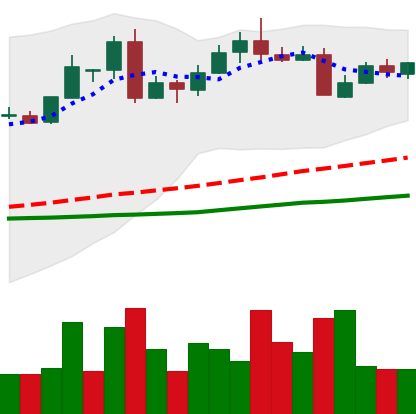
Ticker: LTC-USD
Chart end date: 2016-05-23
Forward return: 18.459%
Label: up_7plus